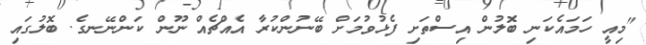
"މިއީ ހަމައެކަނި ބޮލުން އިސްތަށި ފެޅުވުމަށް ބޭނުންކުރާ އެއްޗެއް ނޫން ކަންނޭނގެ. ބޮލުގައި